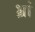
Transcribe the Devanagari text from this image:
भ्रां